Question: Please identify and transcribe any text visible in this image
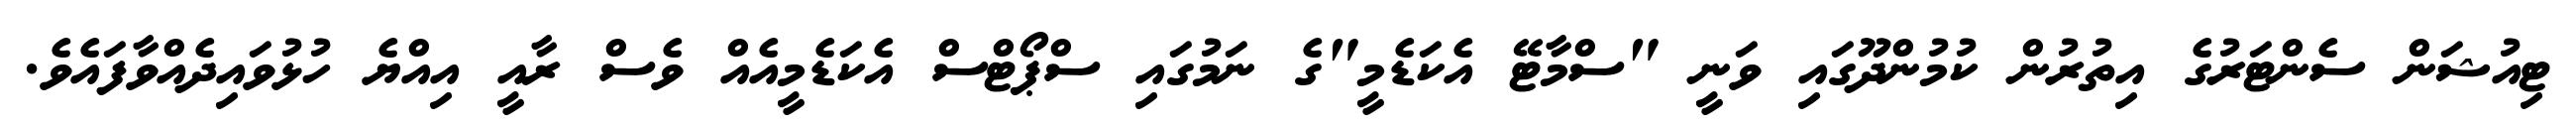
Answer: ޓިއުޝަން ސެންޓަރުގެ އިތުރުން ކުމުންދޫގައި ވަނީ "ސްމާޓޭ އެކަޑެމީ"ގެ ނަމުގައި ސްޕޯޓްސް އެކަޑެމީއެއް ވެސް ރާއީ އިއްޔެ ހުޅުވައިދެއްވާފައެވެ.